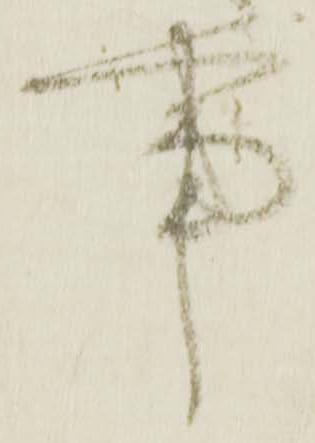
事